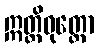
ဣတ္ထိဓုတ္တော